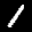
Label: 1